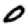
Digit: 0